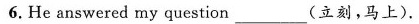
6.He answered my question _(立刻,马上).